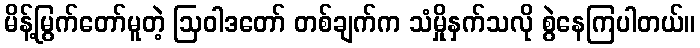
မိန့်မြွက်တော်မူတဲ့ ဩဝါဒတော် တစ်ချက်က သံမှိုနှက်သလို စွဲနေကြပါတယ်။